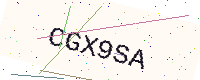
Text: CGX9SA